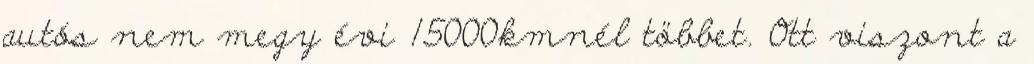
autós nem megy évi 15000kmnél többet. Ott viszont a